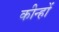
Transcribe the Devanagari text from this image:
कीन्हों